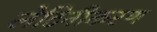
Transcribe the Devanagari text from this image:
लेटिनीकरण